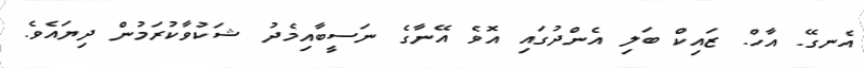
އެނގޭ. އާހް. ޒައިކް ބަލި އެންދުގައި އޮވެ އޭނާގެ ނަސީބާއިމެދު ޝަކުވާކުރަމުން ދިޔައެވެ.